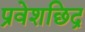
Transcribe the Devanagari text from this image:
प्रवेशछिद्र